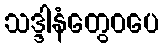
သဒ္ဒါနံတွေဝပေ